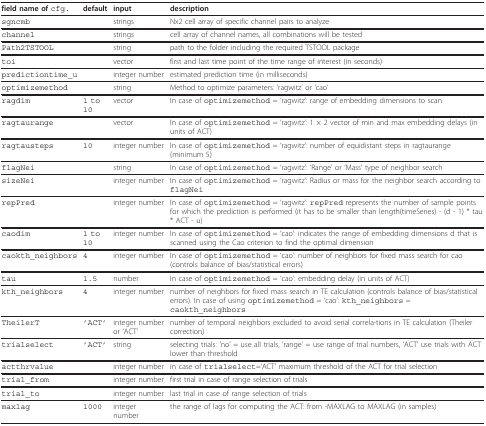
| field name of cfg. | default | input | description |
 | --- | --- | --- | --- |
 | sgncmb |  | strings | Nx2 cell array of specific channel pairs to analyze |
 | channel |  | strings | cell array of channel names, all combinations will be tested |
 | Path2TSTOOL |  | string | path to the folder including the required TSTOOL package |
 | toi |  | vector | first and last time point of the time range of interest (in seconds) |
 | predictiontime_u |  | integer number | estimated prediction time (in milliseconds) |
 | optimizemethod |  | string | Method to optimize parameters: 'ragwitz' or 'cao' |
 | ragdim | 1 to 10 | vector | In case of optimizemethod = 'ragwitz': range of embedding dimensions to scan |
 | ragtaurange |  | vector | In case of optimizemethod = 'ragwitz': 1 × 2 vector of min and max embedding delays (in units of ACT) |
 | ragtausteps | 10 | integer number | In case of optimizemethod = 'ragwitz': number of equidistant steps in ragtaurange (minimum 5) |
 | flagNei |  | string | In case of optimizemethod = 'ragwitz': 'Range' or 'Mass' type of neighbor search |
 | sizeNei |  | integer number | In case of optimizemethod = 'ragwitz': Radius or mass for the neighbor search according to flagNei |
 | repPred |  | integer number | In case of optimizemethod = 'ragwitz': repPred represents the number of sample points for which the prediction is performed (it has to be smaller than length(timeSeries) - (d - 1) * tau * ACT - u) |
 | caodim | 1 to 10 | integer number | In case of optimizemethod = 'cao': indicates the range of embedding dimensions d that is scanned using the Cao criterion to find the optimal dimension |
 | caokth_neighbors | 4 | integer number | In case of optimizemethod = 'cao': number of neighbors for fixed mass search for cao (controls balance of bias/statistical errors) |
 | tau | 1.5 | number | In case of optimizemethod = 'cao': embedding delay (in units of ACT) |
 | kth_neighbors | 4 | integer number | number of neighbors for fixed mass search in TE calculation (controls balance of bias/statistical errors). In case of using optimizemethod = 'cao': kth_neighbors = caokth_neighbors |
 | TheilerT | 'ACT' | integer number or 'ACT' | number of temporal neighbors excluded to avoid serial correla-tions in TE calculation (Theiler correction) |
 | trialselect | 'ACT' | string | selecting trials: 'no' = use all trials, 'range' = use range of trial numbers, 'ACT' use trials with ACT lower than threshold |
 | actthrvalue |  | integer number | in case of trialselect='ACT' maximum threshold of the ACT for trial selection |
 | trial_from |  | integer number | first trial in case of range selection of trials |
 | trial_to |  | integer number | last trial in case of range selection of trials |
 | maxlag | 1000 | integernumber | the range of lags for computing the ACT: from -MAXLAG to MAXLAG (in samples) |